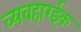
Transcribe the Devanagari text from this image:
व्यवहारईक